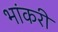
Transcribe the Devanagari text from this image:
भांकरी